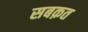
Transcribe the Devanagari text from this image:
सबक़त